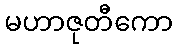
မဟာဇုတီကော